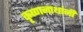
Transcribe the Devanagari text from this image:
कृष्णनाथांनी